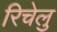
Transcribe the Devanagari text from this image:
रिचेलु